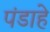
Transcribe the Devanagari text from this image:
पंडाहे